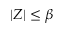
| Z | \le \beta